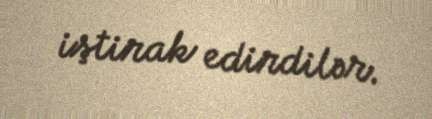
iştirak edirdilər.